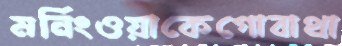
মর্নিংওয়াকেগোবাথা